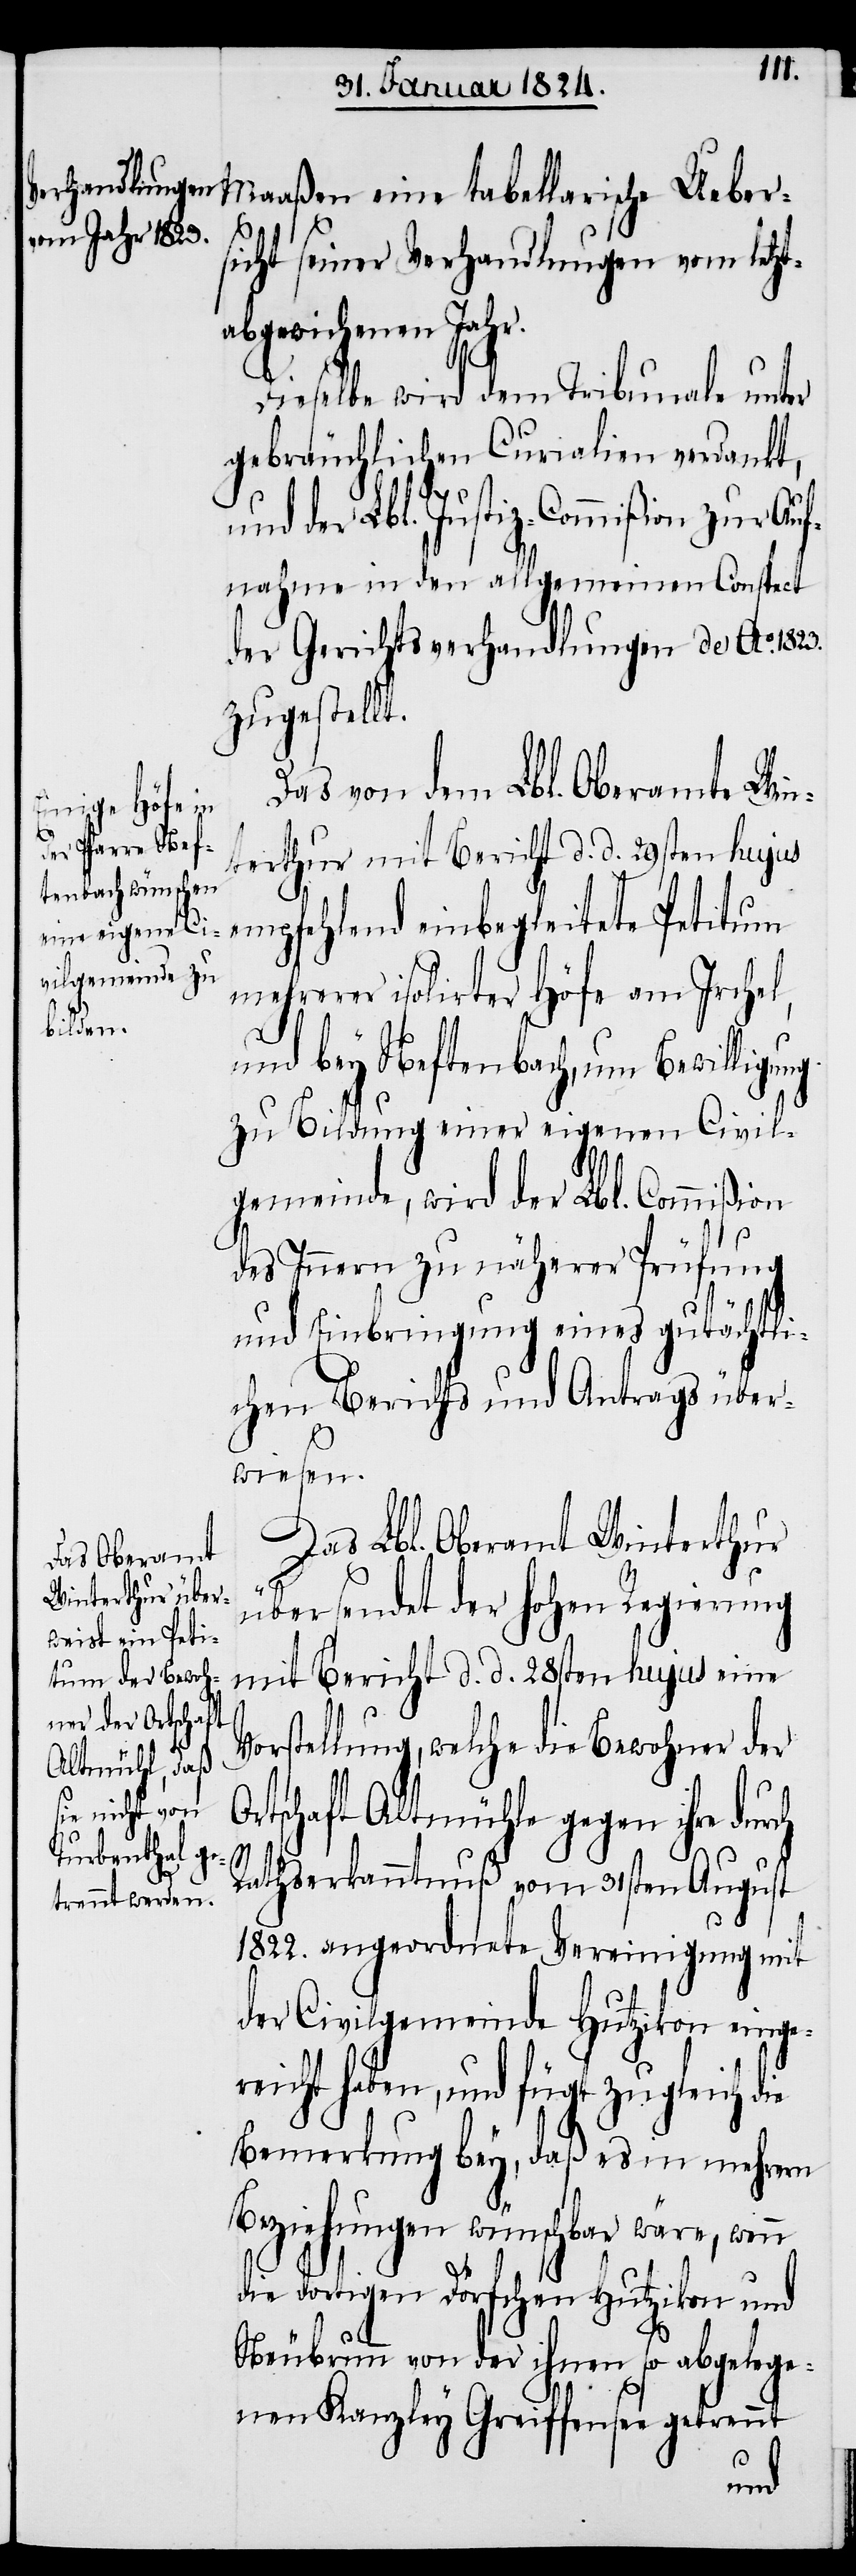
Maaßen eine tabellarische Ueber¬
sicht seiner Verhandlungen vom letzt¬
abgewichenen Jahr.
Dieselbe wird dem Tribunale unter
gebräuchlichen Curalien verdankt,
1823.
und der Lbl. Justiz-Commißion zur Auf¬
nahme in den allgemeinen Conspect
der Gerichtsverhandlungen de Ao.
zugestellt.
Das von dem Lbl. Oberamte Win¬
terthur mit Bericht d. d. 29sten hujus
empfehlend einbegleitete Petitum
mehrerer isolirter Höfe am Irchel,
und bey Neftenbach, um Bewilligung
zu Bildung einer eigenen Civil¬
gemeinde, wird der Lbl. Commißion
des Innern zu näherer Prüfung
und Einbringung eines gutächtli¬
chen Berichts und Antrags über¬
wiesen.
Das Lbl. Oberamt Winterthur
übersendet der hohen Regierung
mit Bericht d. d. 28sten hujus eine
Vorstellung, welche die Bewohner der
tschaft Altmühle gegen ihre
Or¬
Rathserkanntnuß vom 31sten August
1822. angeordnete Vereinigung mit
der Civilgemeinde Hutzikon einge¬
reicht haben, und fügt zugleich die
Bemerkung bey, daß es in mehrern
Beziehungen wünschbar wäre, wenn
dortigen Dörfchen Hutzikon und
Neubrunn von der ihnen so angelege¬
nen Kanzley Greiffensee getrennt